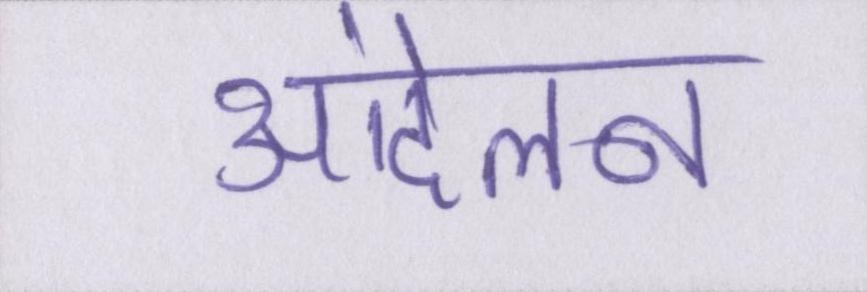
आंदेलन